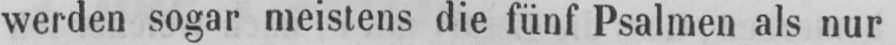
werden sogar meistens die fünf Psalmen als nur